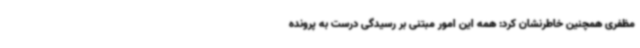
مظفری همچنین خاطرنشان کرد: همه این امور مبتنی بر رسیدگی درست به پرونده